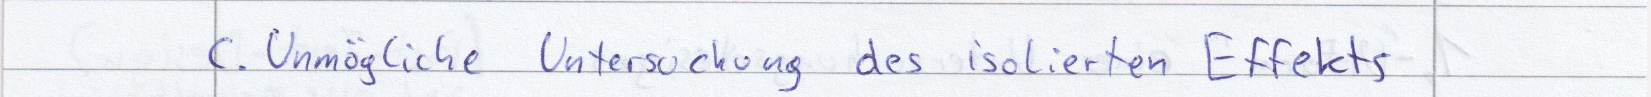
c. Unmögliche Untersuchung des isolierten Effekts